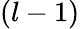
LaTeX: (l-1)